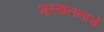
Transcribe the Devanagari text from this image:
भूस्खलनाचे